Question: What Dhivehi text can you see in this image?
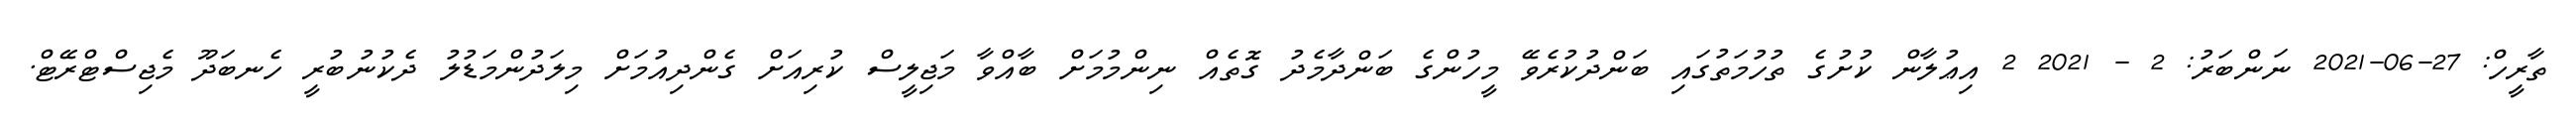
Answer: ތާރީހް: 27-06-2021 ނަންބަރު: 2 - 2021 2 އިޢުލާން ކުށުގެ ތުހުމަތުގައި ބަންދުކުރެވޭ މީހުންގެ ބަންދާމެދު ގޮތެއް ނިންމުމަށް ބާއްވާ މަޖިލީސް ކުރިއަށް ގެންދިއުމަށް މިލަދުންމަޑުލު ދެކުނުބުރީ ހެނބަދޫ މެޖިސްޓްރޭޓް.